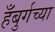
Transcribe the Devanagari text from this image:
हँबुर्गच्या